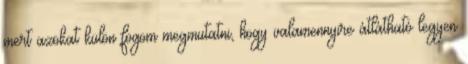
mert azokat külön fogom megmutatni, hogy valamennyire átlátható legyen